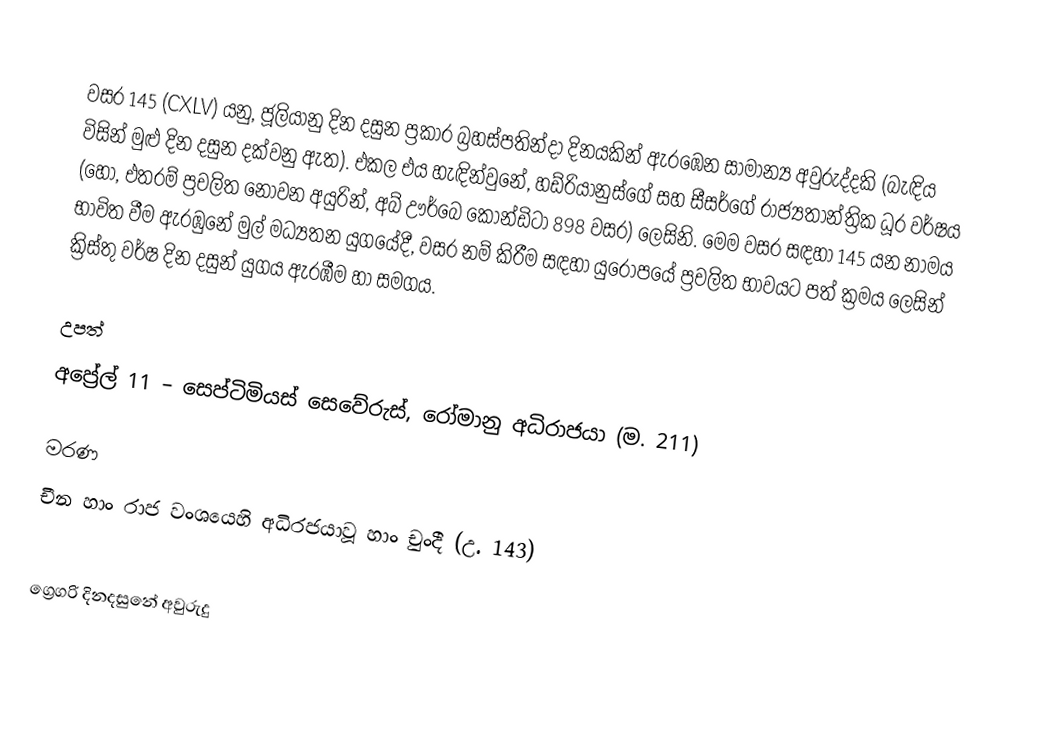

වසර 145 (CXLV) යනු,  ජූලියානු දින දසුන ප්‍රකාර   බ්‍රහස්පතින්දා දිනයකින් ඇරඹෙන සාමාන්‍ය අවුරුද්දකි  (බැඳිය විසින් මුළු දින දසුන දක්වනු ඇත). එකල එය හැඳින්වුනේ, හඩ්රියානුස්ගේ සහ සීසර්ගේ රාජ්‍යතාන්ත්‍රික  ධූර වර්ෂය (හෝ, එතරම් ප්‍රචලිත නොවන අයුරින්,  අබ් ඌර්බෙ කෝන්ඩිටා  898 වසර) ලෙසිනි.  මෙම වසර සඳහා 145 යන නාමය භාවිත වීම ඇරඹුනේ මුල් මධ්‍යතන යුගයේදී, වසර නම් කිරීම සඳහා යුරෝපයේ ප්‍රචලිත භාවයට පත් ක්‍රමය ලෙසින් ක්‍රිස්තු වර්ෂ දින දසුන් යුගය ඇරඹීම හා සමගය.

උපත්
 අප්‍රේල් 11 – සෙප්ටිමියස් සෙවේරුස්, රෝමානු අධිරාජයා (ම. 211)

මරණ
 චීන හාං රාජ වංශයෙහි අධිරජයාවූ  හාං චුංදී (උ. 143)

ග්‍රෙගරි දිනදසුනේ අවුරුදු